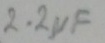
Text: 2.2µF